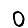
Digit: 0